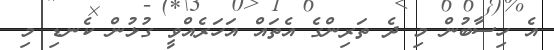
އެ ހިސާބުން މި ދެ ތަރިންގެ އެތައް އަހަރެއްވީ ގުޅުން ކެނޑި މި